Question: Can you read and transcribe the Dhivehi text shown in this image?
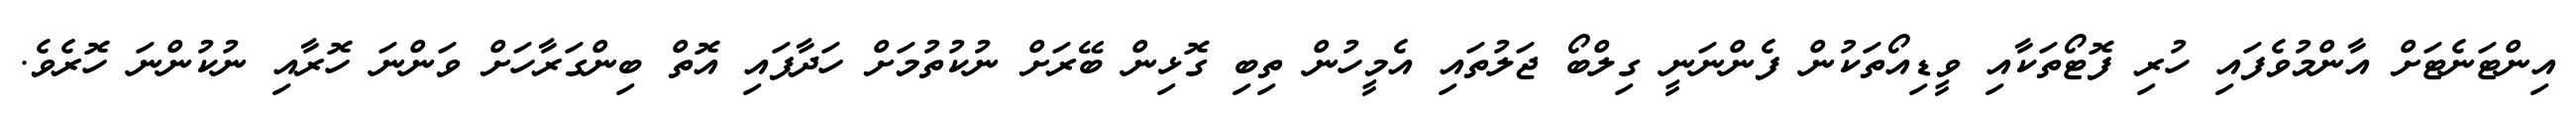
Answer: އިންޓަނެޓަށް އާންމުވެފައި ހުރި ފޮޓޯތަކާއި ވީޑިއޯތަކުން ފެންނަނީ ގިލްބޯ ޖަލުތައި އެމީހުން ތިބި ގޮޅިން ބޭރަށް ނުކުތުމަށް ހަދާފައި އޮތް ބިންގަރާހަށް ވަންނަ ހޮރާއި ނުކުންނަ ހޮރެވެ.